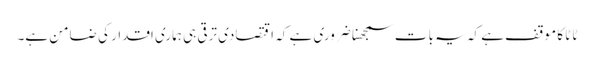
ٹاٹا کا موقف ہے کہ یہ بات سمجھنا ضروری ہے کہ اقتصادی ترقی ہی ہماری اقدار کی ضامن ہے۔